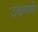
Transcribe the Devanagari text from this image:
उदननो